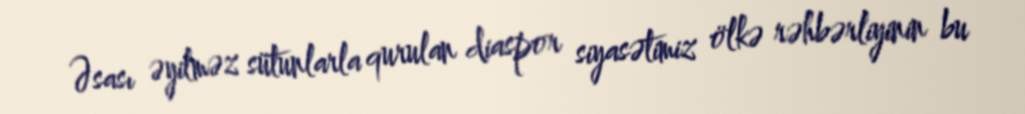
Əsası əyilməz sütunlarla qurulan diaspor siyasətimiz ölkə rəhbərliyinin bu